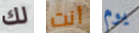
لك أنت يوم